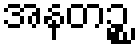
အနတဉ္စ